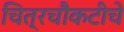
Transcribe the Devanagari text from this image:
चित्रचौकटीचे